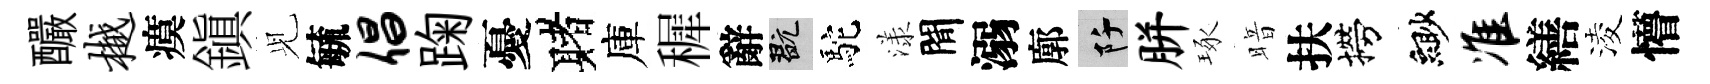
釅樾瘼鎭𫤗毓倡踘憂赌庫穉辭玩駝漾閒溺廓阡胼琢暗扶撈緲准繕淩懵